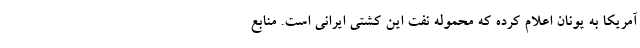
آمریکا به یونان اعلام کرده که محموله نفت این کشتی ایرانی است. منابع